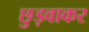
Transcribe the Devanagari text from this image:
छुड़वाकर